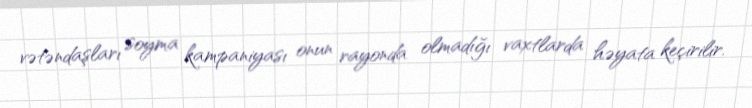
vətəndaşları soyma kampaniyası onun rayonda olmadığı vaxtlarda həyata keçirilir.